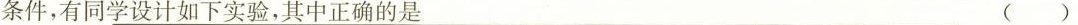
条件，有同学设计如下实验，其中正确的是 （）